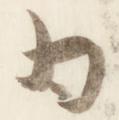
為